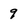
Character: 9